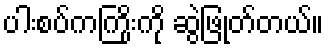
ပါးစပ်ကကြိုးကို ဆွဲဖြုတ်တယ်။